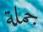
جملة